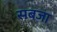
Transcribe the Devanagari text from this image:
सबजा